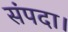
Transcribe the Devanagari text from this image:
संपदा।